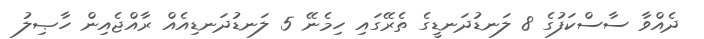
ދެއްވާ ސާސްކަފުގެ 8 ލަނޑުދަނޑީގެ ތެރޭގައި ހިމެނޭ 5 ލަނޑުދަނޑިއެއް ރާއްޖެއިން ހާޞިލު